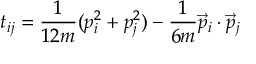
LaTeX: t _ { i j } = \frac { 1 } { 1 2 m } ( p _ { i } ^ { 2 } + p _ { j } ^ { 2 } ) - \frac { 1 } { 6 m } \vec { p } _ { i } \cdot \vec { p } _ { j }